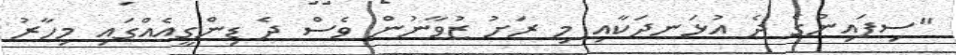
"ސިފައިންގެ ދެ އުޅަނދަކާއި މި ރަށު ޒުވާނުން ވެސް ދެ ޑިންގީއެއްގައި މިހާރު